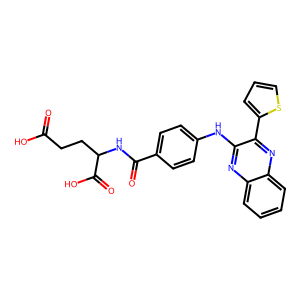
SMILES: O=C(O)CCC(NC(=O)c1ccc(Nc2nc3ccccc3nc2-c2cccs2)cc1)C(=O)O
Inhibits HIV replication: No